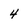
Character: 4